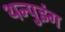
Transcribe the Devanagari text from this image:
थन्पुइंग